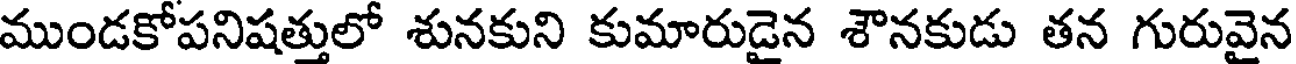
ముండకోపనిషత్తులో శునకుని కుమారుడైన శౌనకుడు తన గురువైన